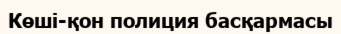
Көші-қон полиция басқармасы